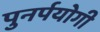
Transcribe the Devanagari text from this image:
पुनर्पयोगी